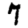
Digit: 7